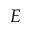
E